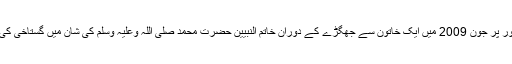
آسیہ مسیح مبینہ طور پر جون 2009 میں ایک خاتون سے جھگڑے کے دوران خاتم النبیین حضرت محمد صلی اللہ وعلیہ وسلم کی شان میں گستاخی کی مرتکب ہوئی تھی۔